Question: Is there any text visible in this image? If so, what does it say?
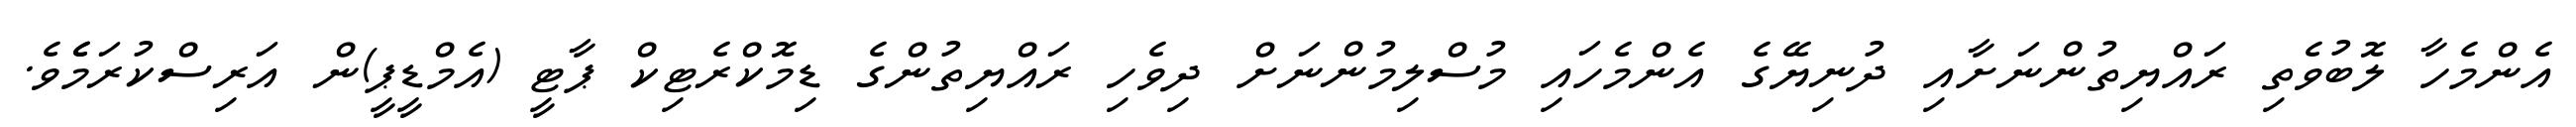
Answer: އެންމެހާ ލޮބުވެތި ރައްޔިތުންނަށާއި ދުނިޔޭގެ އެންމެހައި މުސްލިމުންނަށް ދިވެހި ރައްޔިތުންގެ ޑިމޮކްރެޓިކް ޕާޓީ (އެމްޑީޕީ)ން އަރިސްކުރަމެެވެ.